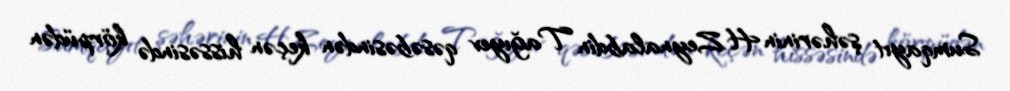
Sumqayıt şəhərinin H.Zeynalabdin Tağıyev qəsəbəsindən keçən hissəsində körpüdən